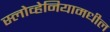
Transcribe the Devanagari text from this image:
स्लोव्हेनियामधील